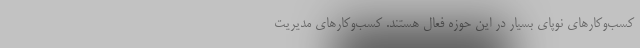
کسب‌وکارهای نوپای بسیار در این حوزه فعال هستند. کسب‌وکارهای مدیریت